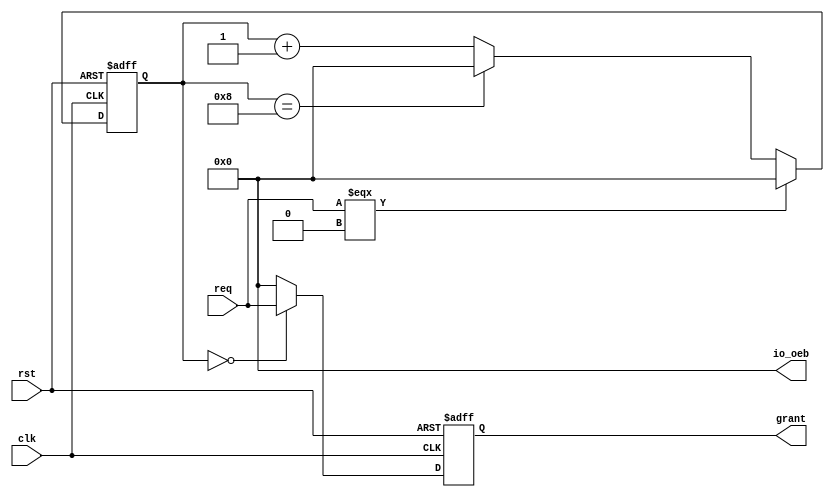
module pes_rr_arbiter(
`ifdef USE_POWER_PINS
	inout vccd1,
	inout vssd1,
`endif
  input clk,          // Clock input
  input rst,          // Reset input
  input [3:0] req,    // Request signals from 4 requestors
  output wire [3:0] grant, // Grant signals to 4 requestors
  output wire [3:0] io_oeb
);

assign io_oeb = 4'b0000;

reg [3:0] round_robin_ptr; // Pointer to the next requestor to grant
reg [3:0] grant_reg;      // Registered grant signals

`ifdef COCOTB_SIM
	initial begin
		$dumpfile("pes_rr_arbiter.vcd");
		$dumpvars (0, pes_rr_arbiter);
		#1;
	end
		localparam MAX_COUNT =100;
	`else
		localparam MAX_COUNT=100;
`endif
	

always @(posedge clk or posedge rst) 
begin
  if (rst) 
	  begin
	    round_robin_ptr <= 4'b0000; // Reset the pointer
	    grant_reg <= 4'b0000;      // Reset the registered grants
	  end 
  else
       begin
	    // Round-robin logic
		if (req === 4'b0000) 
		    begin
		      // No requests, no grants
		      round_robin_ptr <= 4'b0000;
		    end 
        	else
		    begin
		      round_robin_ptr <= round_robin_ptr + 1'b1;
		      // Wrap around when all requestors have been cycled through
			      if (round_robin_ptr == 4'b1000) 
				      begin
				      round_robin_ptr <= 4'b0000;
				      end
		    end
		    // Set the registered grant based on the round-robin pointer
		    grant_reg <= (round_robin_ptr == 4'b0000) ? req : 4'b0000;
	end
end

assign grant = grant_reg;

endmodule